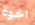
اخوة